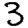
Digit: 3